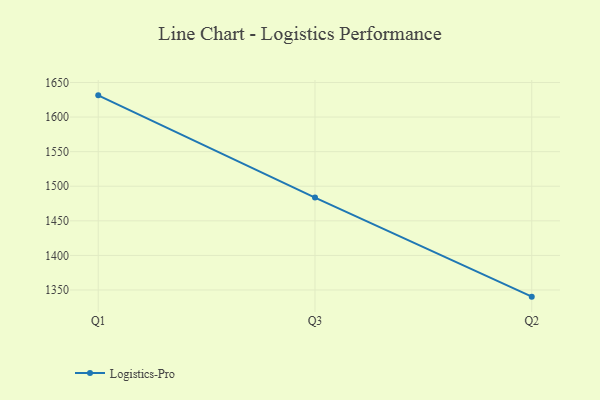
{"axis": {"x": "Quarter", "y": "Budget (USD K)"}, "legend": ["Logistics-Pro"], "data": [{"x": "Q1", "y": 1631.4, "type": "Logistics-Pro"}, {"x": "Q3", "y": 1483.6, "type": "Logistics-Pro"}, {"x": "Q2", "y": 1340.4, "type": "Logistics-Pro"}]}